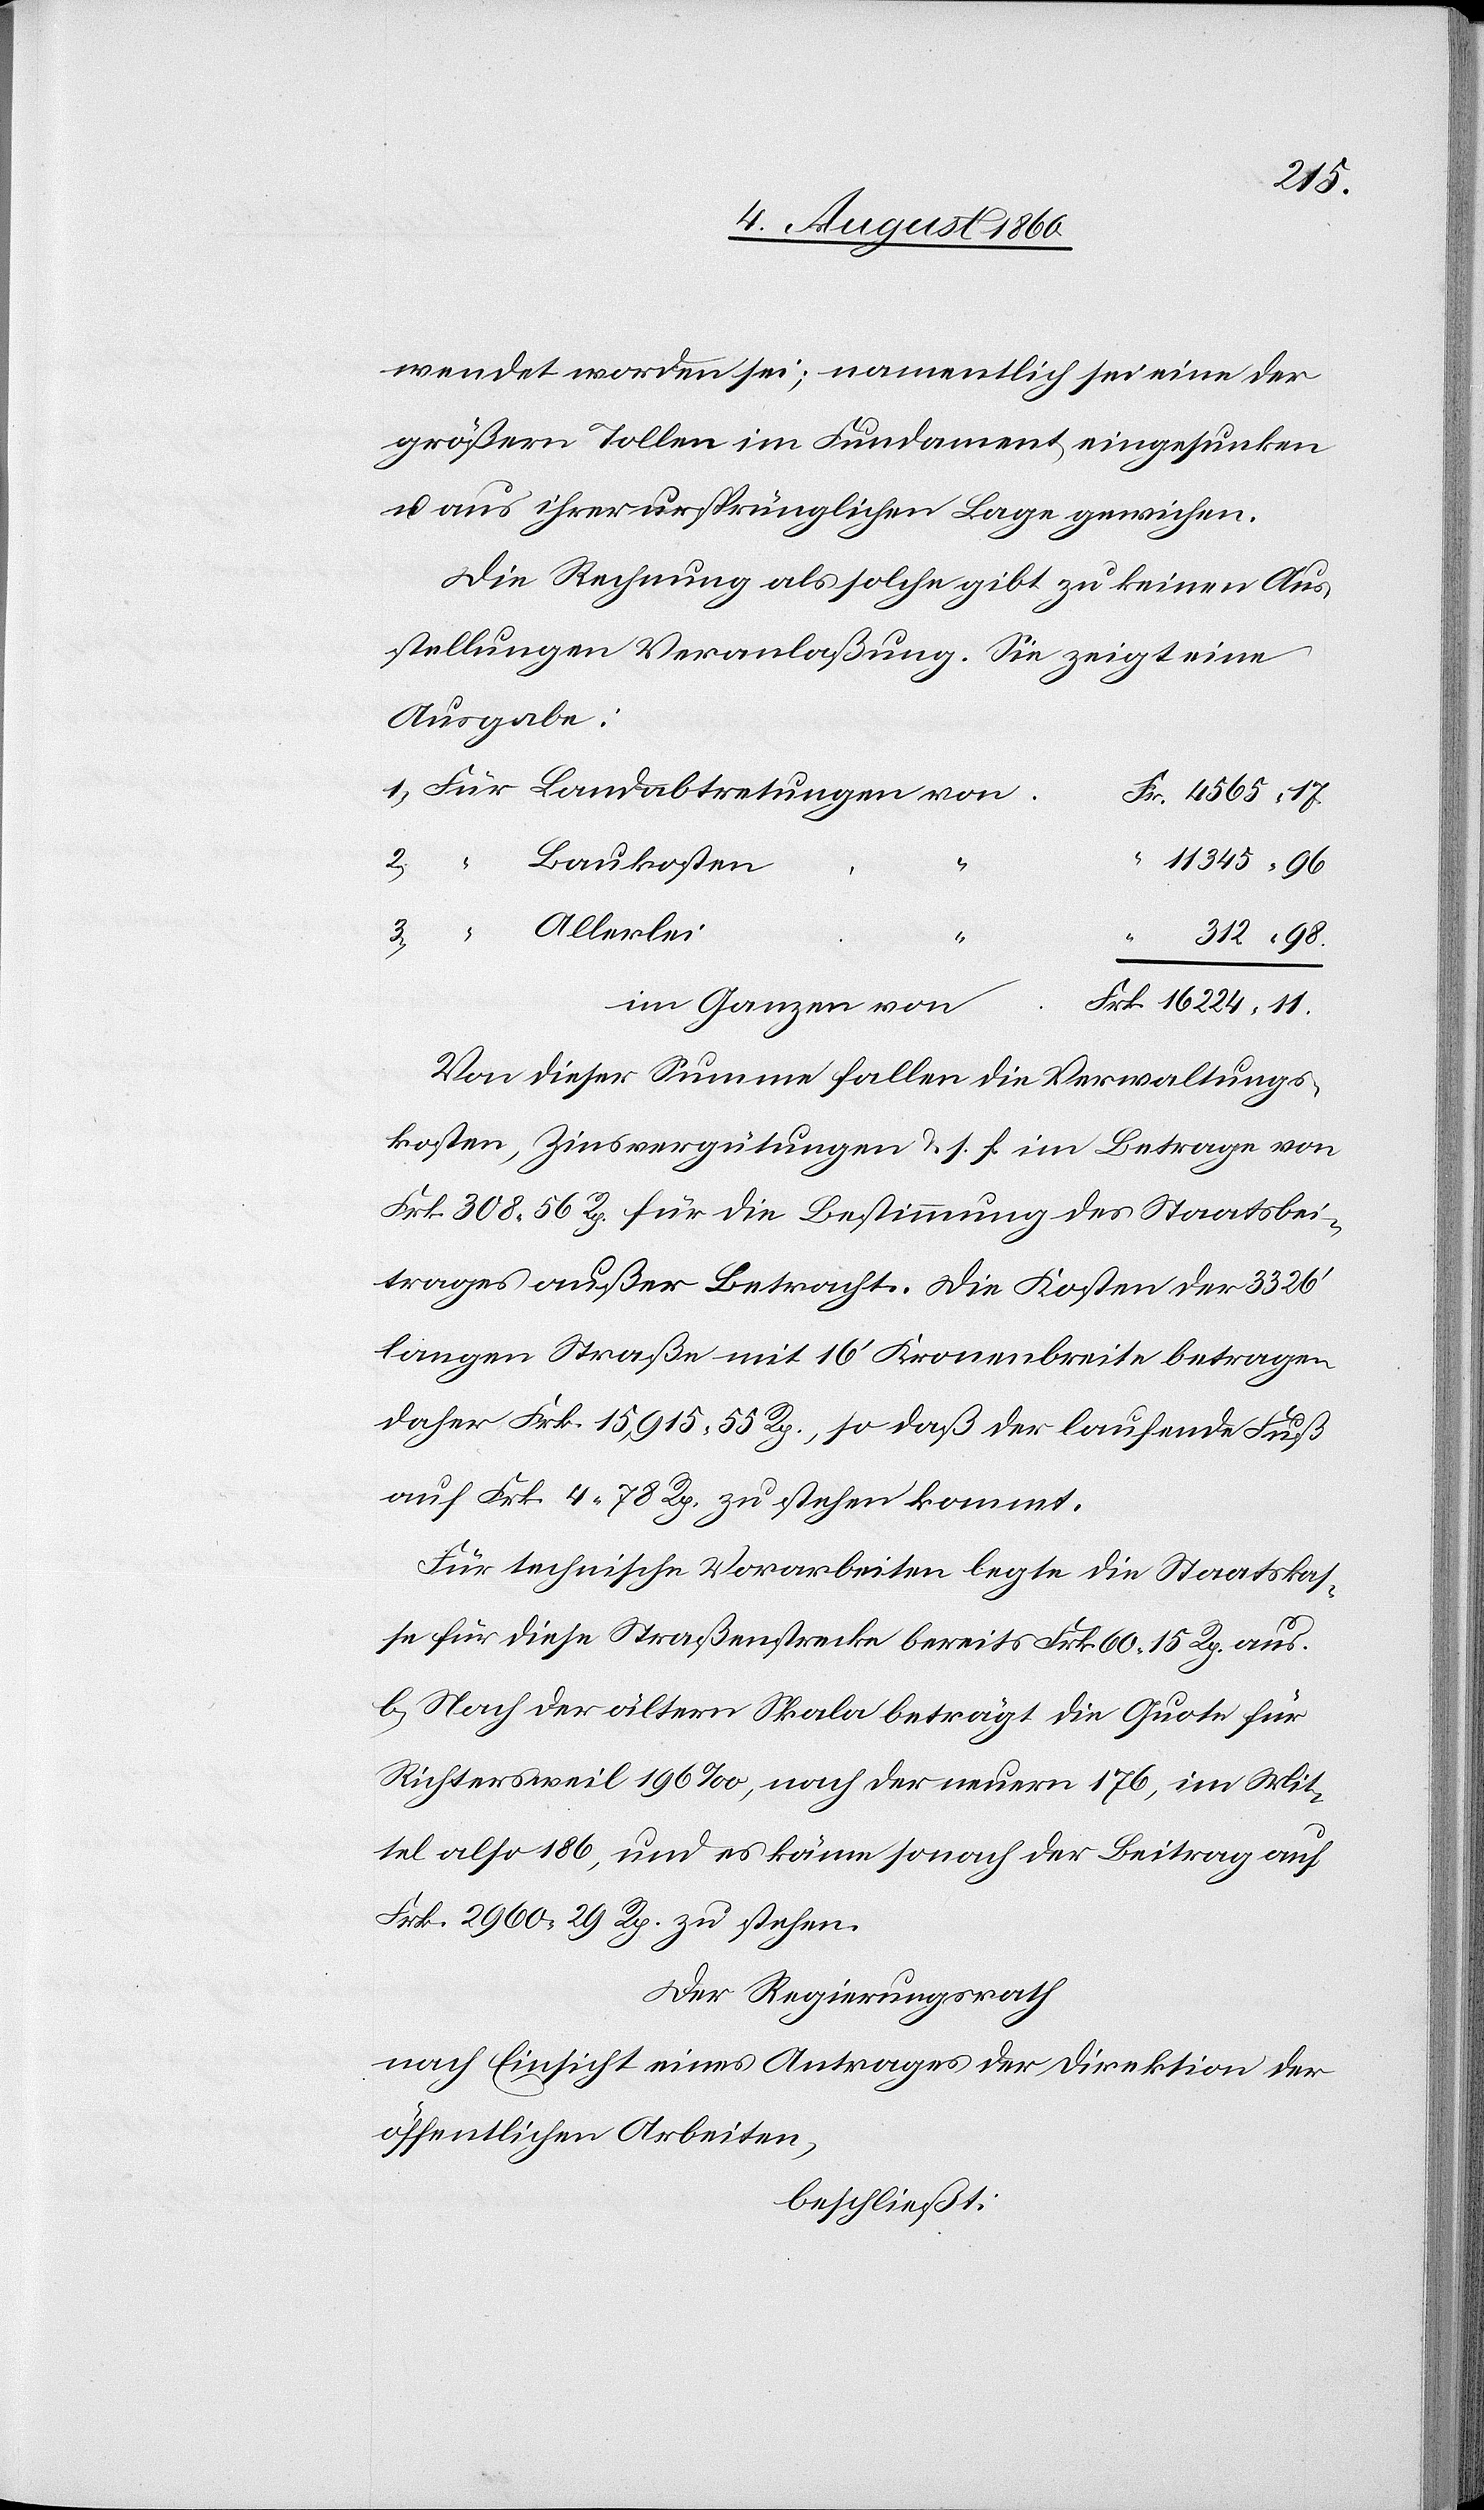
224.
größern Tollen im Fundament eingesunken
und aus ihrer ursprünglichen Lage gewichen.
Die Rechnung als solche gibt zu keinen Aus¬
stellungen Veranlassung. Sie zeigt eine
Ausgabe:
“
11,345.
Frk.
Von dieser Summe fallen die Verwaltungs¬
kosten, Zinsvergütungen u. s. f. im Betrage von
Frk. 308. 56C für die Bestimmung des Staatsbei¬
trages außer Betracht. Die Kosten der 3326’
langen Strasse mit 16’ Kronenbreite betragen
daher Frk. 15 915. 55C so dass der laufende Fuss
auf fcs. 4. 78C zu stehen kommt.
Für technische Vorarbeiten legte die Staatskas¬
se für diese Straßenstrecke bereits Frk. 60 15.C aus.
b. Nach der ältern Skala beträgt die Quote für
Richtersweil 196‰, nach der neuern 176, im Mit¬
tel also 186, und es käme sonach der Beitrag auf
Frk: 2960. 29. zustehen.
Der Regierungsrath,
nach Einsicht eines Antrages der Direktion der
öffentlichen Arbeiten,
beschliesst: